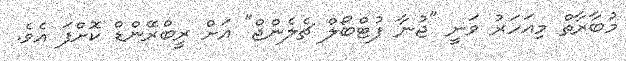
މުބާރާތް މިއަހަރު ވަނީ "ޖުނާ ފުޓްބޯލް ޗެލެންޖް" އަށް ރީބްރޭންޑް ކޮށްފަ އެވެ.